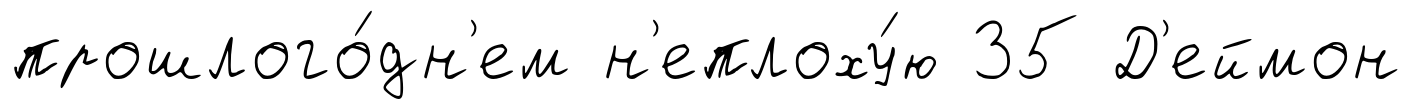
прошлого́дн'ем н'еплоху́ю 35 Д'еймон